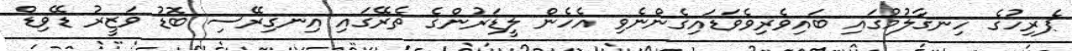
ޕެރިހުގެ ހިނގާލުމުގައި ބައިވެރިވެވަޑައިގެންނެވި އެހެން ލީޑަރުންގެ ތެރޭގައި އިނގިރޭސި ބޮޑު ވަޒީރު ޑޭވިޑް